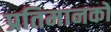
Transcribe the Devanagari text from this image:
प्रतिमानकों